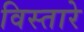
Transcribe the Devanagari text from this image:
विस्तारे